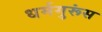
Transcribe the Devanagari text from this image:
धर्मगुरूंस